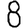
Digit: 8